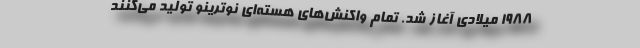
۱۹۸۸ میلادی آغاز شد. تمام واکنش‌های هسته‌ای نوترینو تولید می‌کنند